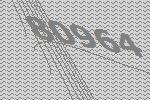
80964